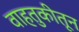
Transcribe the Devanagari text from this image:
वाहतुकीतून